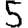
Digit: 5